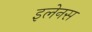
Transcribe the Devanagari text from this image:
इलेनस